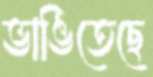
ভাঙিতেছে